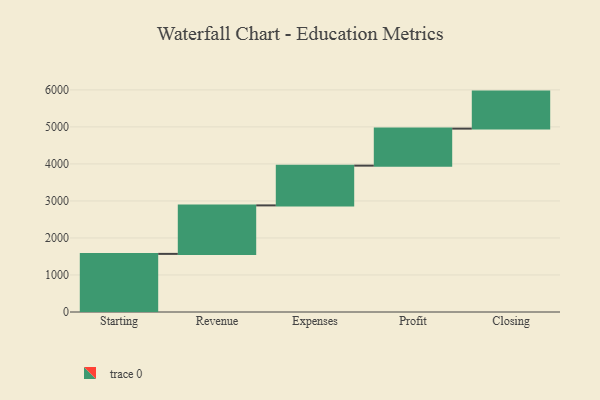
{"axis": {"x": "Step", "y": "Value"}, "legend": [""], "data": [{"x": "Starting", "y": 1570.0, "type": ""}, {"x": "Revenue", "y": 1310.0, "type": ""}, {"x": "Expenses", "y": 1074.0, "type": ""}, {"x": "Profit", "y": 1000, "type": ""}, {"x": "Closing", "y": 1000, "type": ""}]}